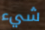
شيء